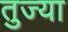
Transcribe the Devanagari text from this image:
तुज्या